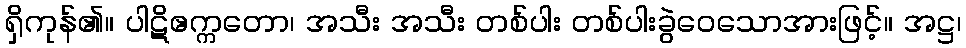
ရှိကုန်၏။ ပါဋိဧက္ကတော၊ အသီး အသီး တစ်ပါး တစ်ပါးခွဲဝေသောအားဖြင့်။ အဋ္ဌ၊